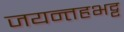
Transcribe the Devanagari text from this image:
जयन्तहभट्ट